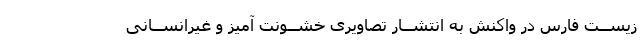
زیســت فارس در واکنش به انتشــار تصاویرى خشــونت آمیز و غیرانســانى